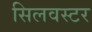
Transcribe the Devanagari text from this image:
सिलवस्टर